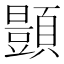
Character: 𫖥